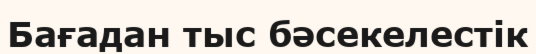
Бағадан тыс бәсекелестік